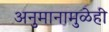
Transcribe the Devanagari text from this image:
अनुमानामुळेही